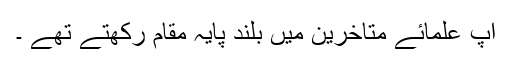
آپ علمائے متاخرین میں بلند پایہ مقام رکھتے تھے ۔